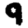
Digit: 9